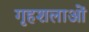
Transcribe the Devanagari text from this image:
गृहशलाओं